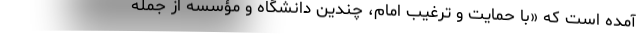
آمده است که «با حمایت و ترغیب امام، چندین دانشگاه و مؤسسه از جمله